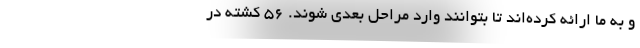
و به ما ارائه کرده‌اند تا بتوانند وارد مراحل بعدی شوند. 56 کشته در